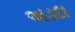
અડદા